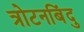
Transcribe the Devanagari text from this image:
त्रोटनबिंदु